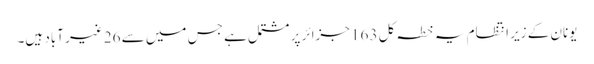
یونان کے زیر انتظام یہ خطہ کل 163 جزائر پر مشتمل ہے جس میں سے 26 غیر آباد ہیں۔